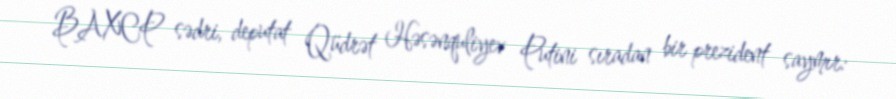
BAXCP sədri, deputat Qüdrət Həsənquliyev Putini sıradan bir prezident saymır: